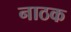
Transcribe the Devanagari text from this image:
नाठक